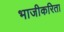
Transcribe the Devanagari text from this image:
भाजीकरिता